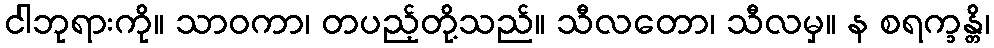
ငါဘုရားကို။ သာဝကာ၊ တပည့်တို့သည်။ သီလတော၊ သီလမှ။ န စရက္ခန္တိ၊